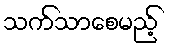
သက်သာစေမည့်